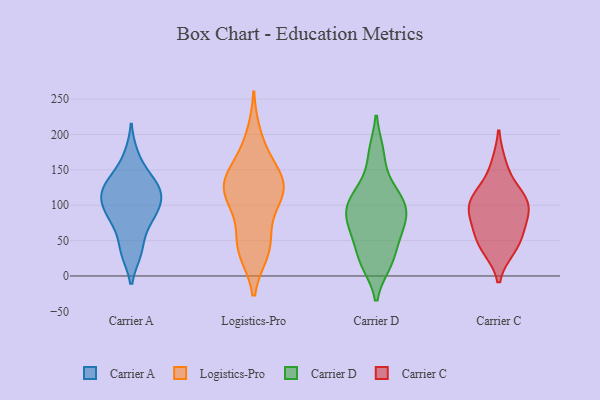
{"axis": {"x": "Bounce Rate (%)", "y": "Value"}, "legend": ["Carrier A", "Carrier C", "Carrier D", "Logistics-Pro"], "data": [{"x": "", "y": 127, "type": "Carrier A"}, {"x": "", "y": 123, "type": "Carrier A"}, {"x": "", "y": 85, "type": "Carrier A"}, {"x": "", "y": 82, "type": "Carrier A"}, {"x": "", "y": 35, "type": "Carrier A"}, {"x": "", "y": 170, "type": "Carrier A"}, {"x": "", "y": 107, "type": "Carrier A"}, {"x": "", "y": 107, "type": "Carrier A"}, {"x": "", "y": 34, "type": "Carrier A"}, {"x": "", "y": 72, "type": "Carrier A"}, {"x": "", "y": 141, "type": "Carrier A"}, {"x": "", "y": 129, "type": "Carrier A"}, {"x": "", "y": 104, "type": "Carrier A"}, {"x": "", "y": 119, "type": "Logistics-Pro"}, {"x": "", "y": 125, "type": "Logistics-Pro"}, {"x": "", "y": 97, "type": "Logistics-Pro"}, {"x": "", "y": 40, "type": "Logistics-Pro"}, {"x": "", "y": 135, "type": "Logistics-Pro"}, {"x": "", "y": 147, "type": "Logistics-Pro"}, {"x": "", "y": 54, "type": "Logistics-Pro"}, {"x": "", "y": 117, "type": "Logistics-Pro"}, {"x": "", "y": 167, "type": "Logistics-Pro"}, {"x": "", "y": 118, "type": "Logistics-Pro"}, {"x": "", "y": 39, "type": "Logistics-Pro"}, {"x": "", "y": 35, "type": "Logistics-Pro"}, {"x": "", "y": 130, "type": "Logistics-Pro"}, {"x": "", "y": 198, "type": "Logistics-Pro"}, {"x": "", "y": 17, "type": "Carrier D"}, {"x": "", "y": 22, "type": "Carrier D"}, {"x": "", "y": 93, "type": "Carrier D"}, {"x": "", "y": 107, "type": "Carrier D"}, {"x": "", "y": 99, "type": "Carrier D"}, {"x": "", "y": 175, "type": "Carrier D"}, {"x": "", "y": 129, "type": "Carrier D"}, {"x": "", "y": 55, "type": "Carrier D"}, {"x": "", "y": 62, "type": "Carrier D"}, {"x": "", "y": 81, "type": "Carrier D"}, {"x": "", "y": 157, "type": "Carrier C"}, {"x": "", "y": 75, "type": "Carrier C"}, {"x": "", "y": 108, "type": "Carrier C"}, {"x": "", "y": 101, "type": "Carrier C"}, {"x": "", "y": 103, "type": "Carrier C"}, {"x": "", "y": 55, "type": "Carrier C"}, {"x": "", "y": 43, "type": "Carrier C"}, {"x": "", "y": 85, "type": "Carrier C"}, {"x": "", "y": 40, "type": "Carrier C"}, {"x": "", "y": 117, "type": "Carrier C"}]}